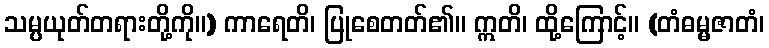
သမ္ပယုတ်တရားတို့ကို။) ကာရေတိ၊ ပြုစေတတ်၏။ ဣတိ၊ ထို့ကြောင့်။ (တံဓမ္မဇာတံ၊